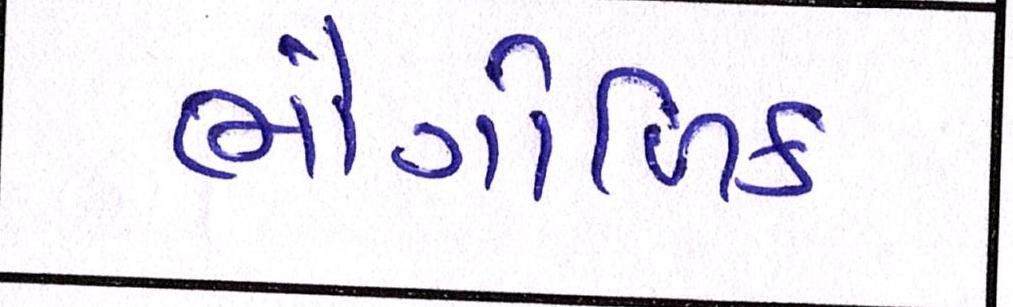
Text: ભૌગોળિક